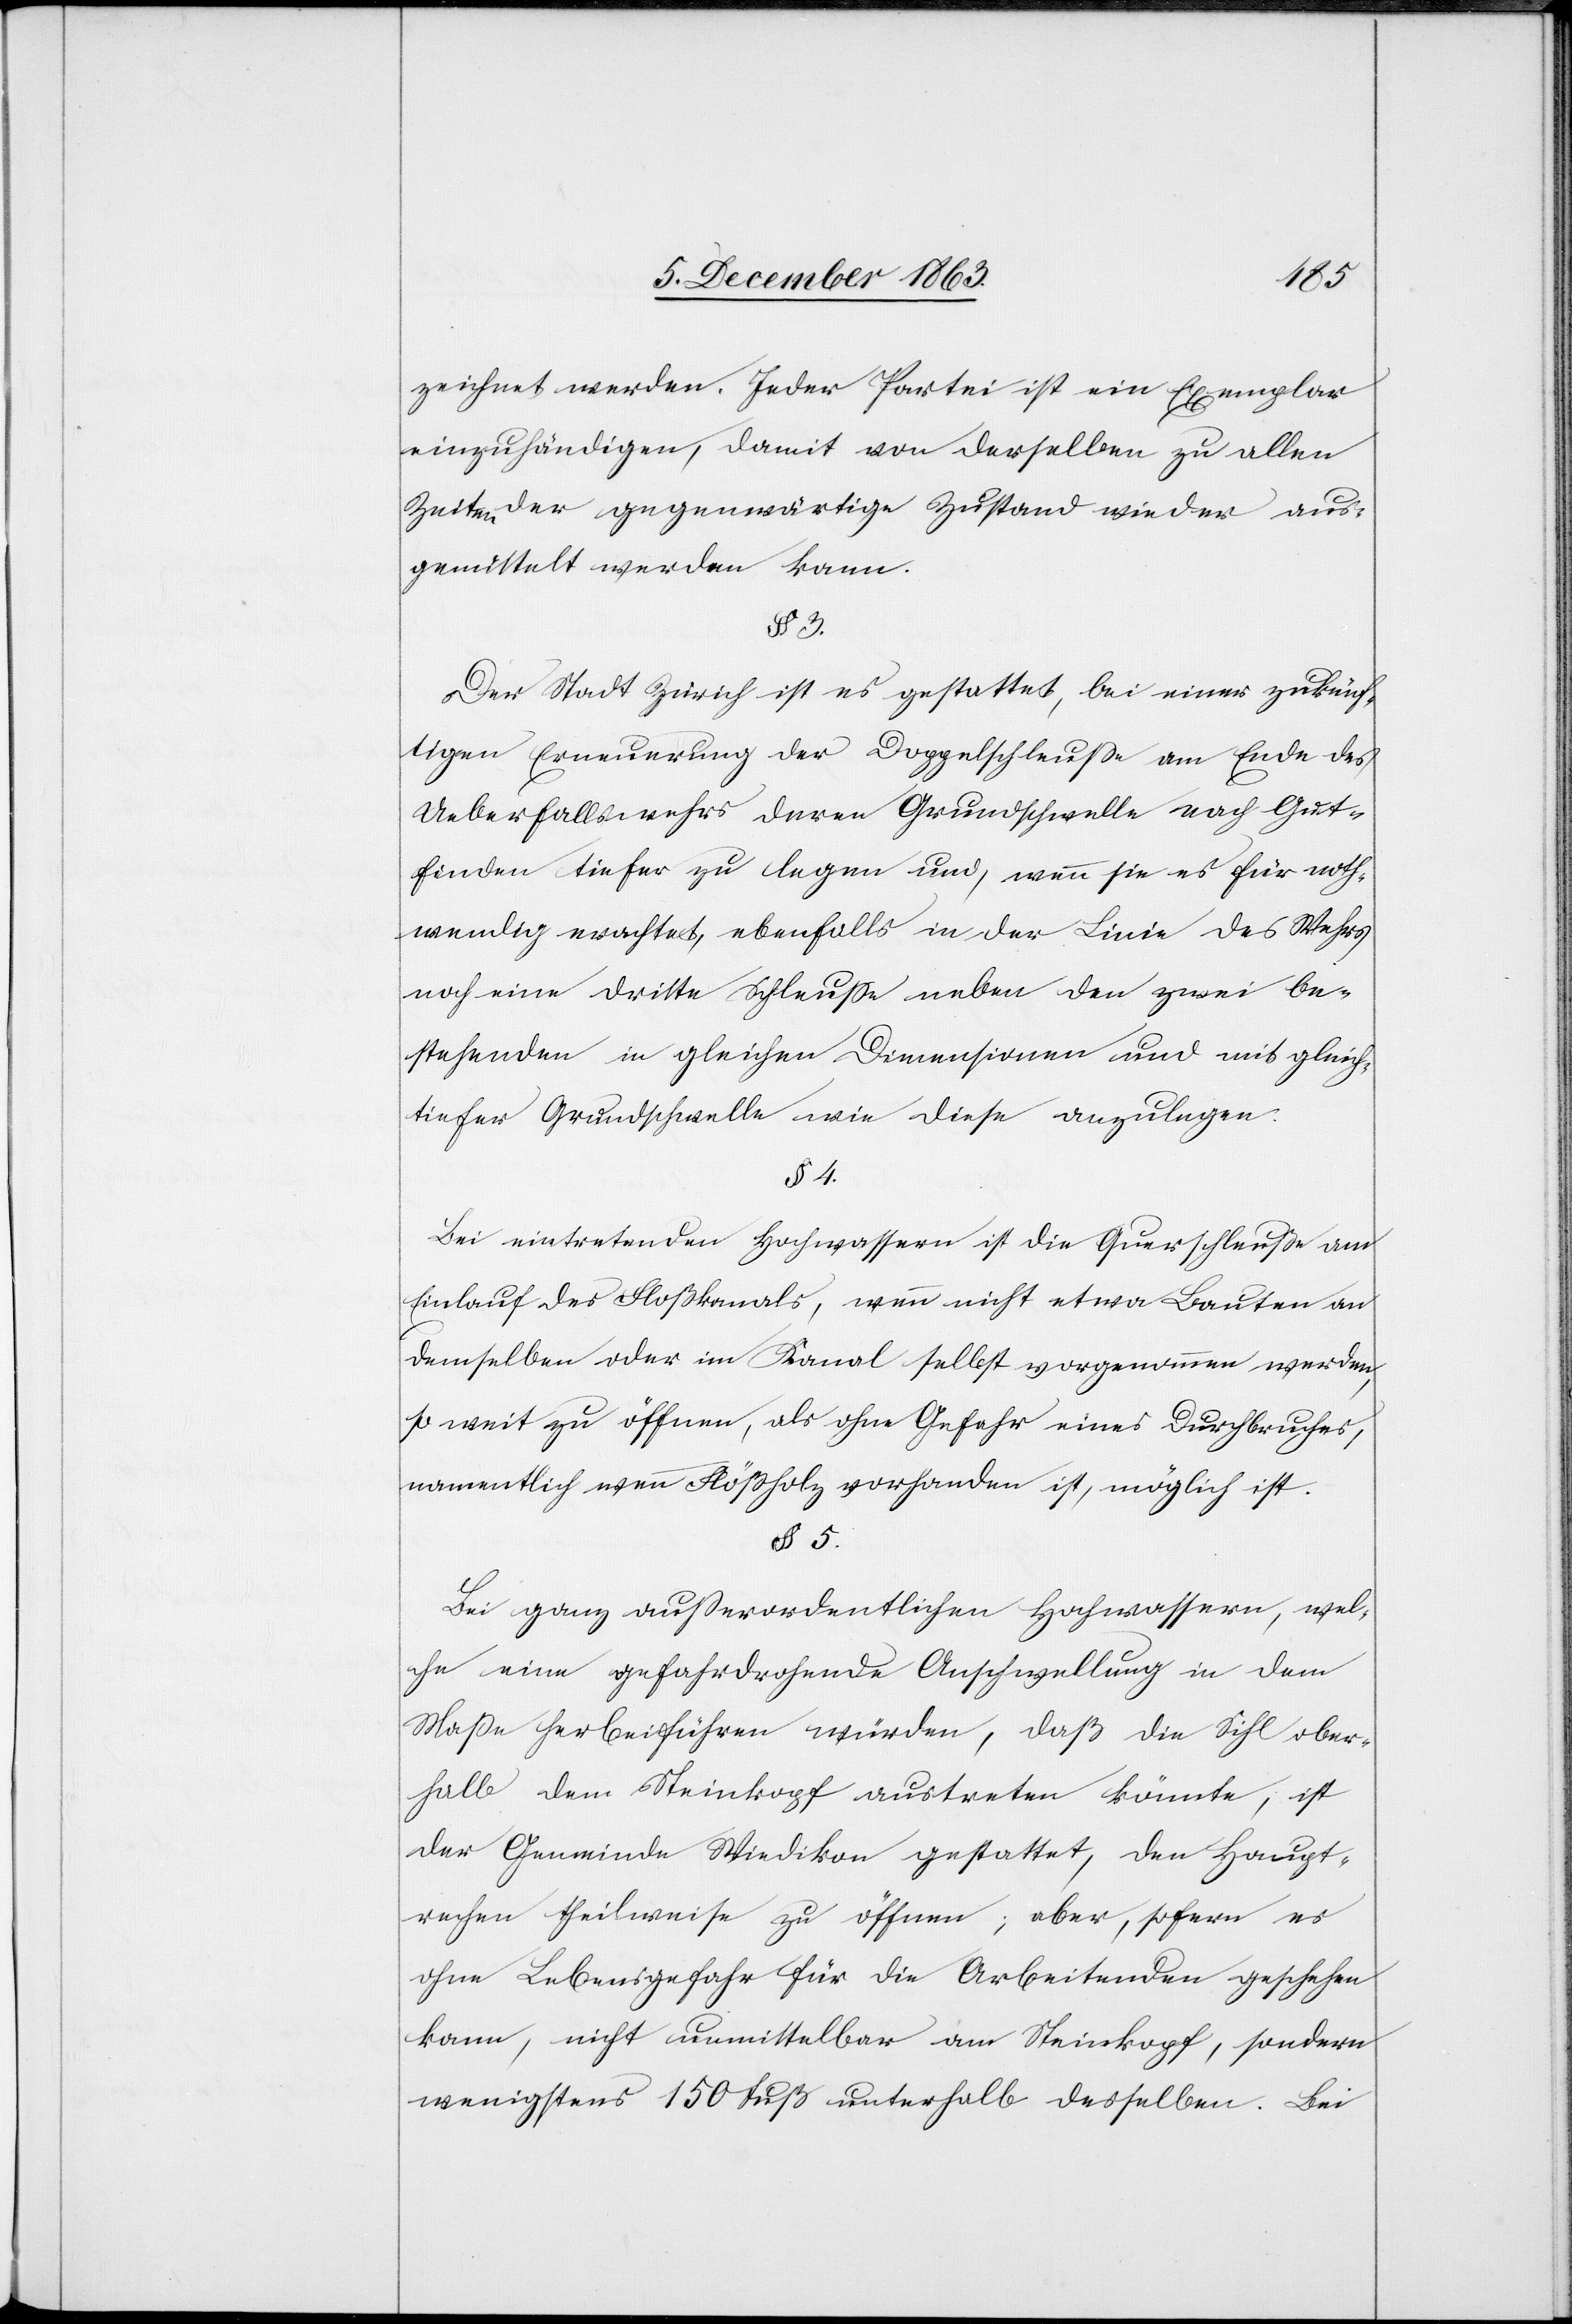
zeichnet werden. Jeder Partei ist ein Exemplar
einzuhändigen, damit von derselben zu allen
Zeiten der gegenwärtige Zustand wieder aus¬
gemittelt werden kann.
Der Stadt Zürich ist es gestattet, bei einer zukünf¬
tigen Erneuerung der Doppelschleusse am Ende des
Ueberfallswehrs deren Grundschwelle nach Gut¬
finden tiefer zu legen und, wenn sie es für noth¬
wendig erachtet, ebenfalls in der Linie des Wehrs
noch eine dritte Schleusse neben den zwei be¬
stehenden in gleichen Dimensionen und mit gleich¬
tiefer Grundschwelle wie diese anzulegen.
§ 4.
Bei eintretenden Hochwassern ist die Querschleuße am
Einlauf des Floßkanals, wenn nicht etwa Bauten an
demselben oder im Kanal selbst vorgenommen werden,
so weit zu öffnen, als ohne Gefahr eines Durchbruches,
namentlich wenn Flößholz vorhanden ist, möglich ist.
§ 5.
Bei ganz ausserordentlichen Hochwassern, wel¬
che eine gefahrdrohende Anschwellung in dem
Masse herbeiführen würden, daß die Sihl ober¬
halb dem Steinkopf austreten könnte, ist
der Gemeinde Wiedikon gestattet, den Haupt¬
rechen theilweise zu öffnen; aber, sofern es
ohne Lebensgefahr für die Arbeitenden geschehen
kann, nicht unmittelbar am Steinskopf, sondern
wenigstens 150 Fuß unterhalb desselben. Bei